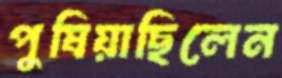
পুষিয়াছিলেন